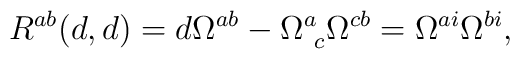
{R}^{ab}(d,d)=d\Omega ^{ab} -\Omega ^{a}_{~c} \Omega ^{cb} =\Omega ^{ai} \Omega^{bi},